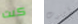
كنت أموت